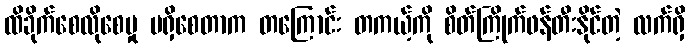
ထိခိုက်စေလိုစေမှု မရှိစေတာက တကြောင်း တကယ့်ကို စိတ်ကြိုက်ဖန်တီးနိုင်တဲ့ လက်ရှိ